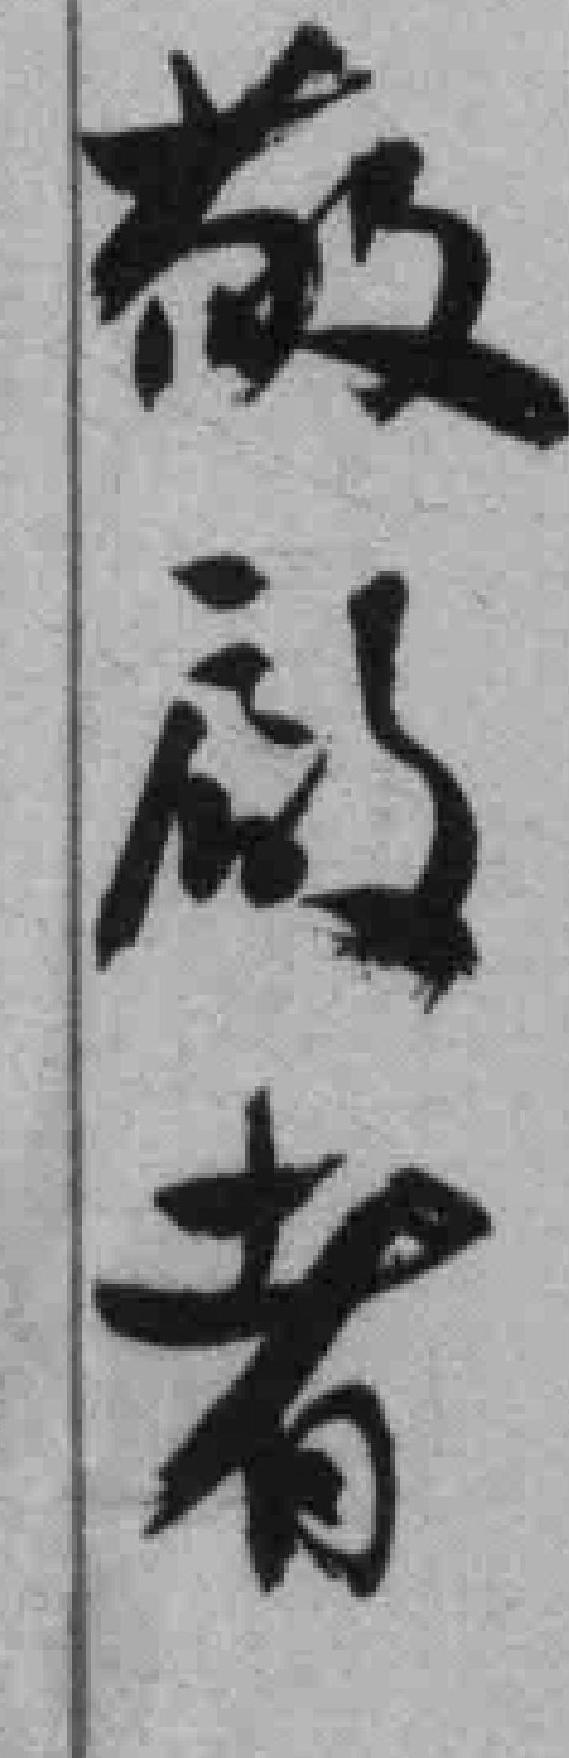
敬啟者